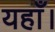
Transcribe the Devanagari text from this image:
यहाँ।